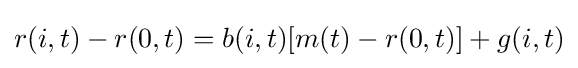
r(i,t)-r(0,t)=b(i,t)[m(t)-r(0,t)]+g(i,t)